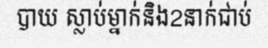
បាយ ស្លាប់ម្នាក់និង2នាក់ជាប់